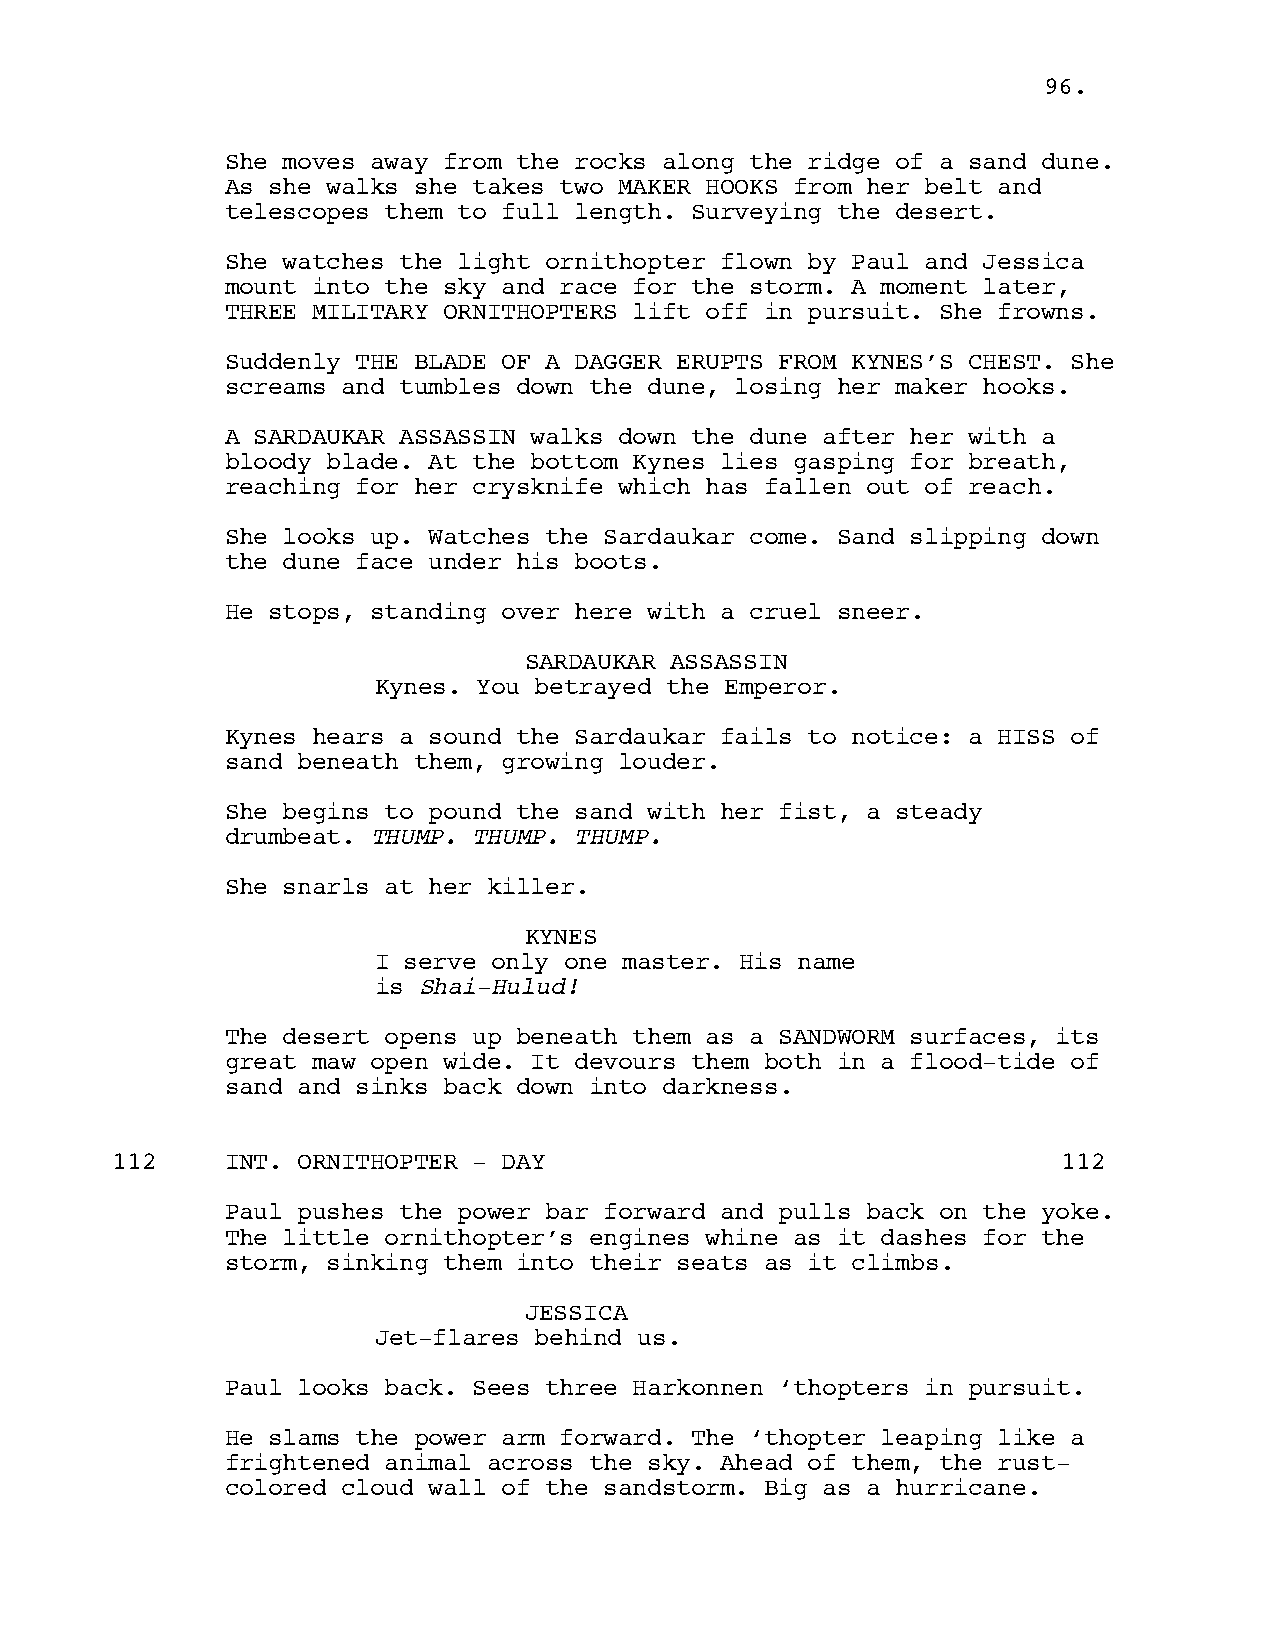
9966..
 She moves away from the rocks along the ridge of a sand dune.
 As she walks she takes two MAKER HOOKS from her belt and
 telescopes them to full length. Surveying the desert.
 She watches the light ornithopter flown by Paul and Jessica
 mount into the sky and race for the storm. A moment later,
 THREE MILITARY ORNITHOPTERS lift off in pursuit. She frowns.
 Suddenly THE BLADE OF A DAGGER ERUPTS FROM KYNES’S CHEST. She
 screams and tumbles down the dune, losing her maker hooks.
 A SARDAUKAR ASSASSIN walks down the dune after her with a
 bloody blade. At the bottom Kynes lies gasping for breath,
 reaching for her crysknife which has fallen out of reach.
 She looks up. Watches the Sardaukar come. Sand slipping down
 the dune face under his boots.
 He stops, standing over here with a cruel sneer.
 SARDAUKAR ASSASSIN
 Kynes. You betrayed the Emperor.
 Kynes hears a sound the Sardaukar fails to notice: a HISS of
 sand beneath them, growing louder.
 She begins to pound the sand with her fist, a steady
 drumbeat. THUMP. THUMP. THUMP.
 She snarls at her killer.
 KYNES
 I serve only one master. His name
 is Shai-Hulud!
 The desert opens up beneath them as a SANDWORM surfaces, its
 great maw open wide. It devours them both in a flood-tide of
 sand and sinks back down into darkness.
 112     INT. ORNITHOPTER - DAY                                 112
 Paul pushes the power bar forward and pulls back on the yoke.
 The little ornithopter’s engines whine as it dashes for the
 storm, sinking them into their seats as it climbs.
 JESSICA
 Jet-flares behind us.
 Paul looks back. Sees three Harkonnen ‘thopters in pursuit.
 He slams the power arm forward. The ‘thopter leaping like a
 frightened animal across the sky. Ahead of them, the rust-
 colored cloud wall of the sandstorm. Big as a hurricane.